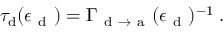
\begin{array} { r } { \tau _ { \mathrm { d } } ( \epsilon _ { \mathrm { ~ d ~ } } ) = \Gamma _ { \mathrm { ~ d ~ } \to \mathrm { ~ a ~ } } ( \epsilon _ { \mathrm { ~ d ~ } } ) ^ { - 1 } \; . } \end{array}